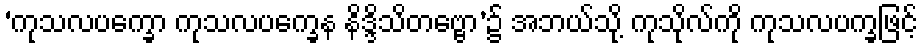
‘ကုသလပက္ခော ကုသလပက္ခေန နိဒ္ဒိသိတဗ္ဗော’၌ အဘယ်သို့ ကုသိုလ်ကို ကုသလပက္ခဖြင့်